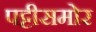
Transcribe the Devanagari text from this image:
पट्टीसमोर